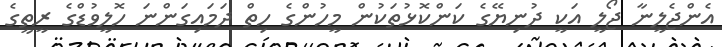
އެންޖެލީނާ ޖޯލީ އަކީ ދުނިޔޭގެ ކަންކޮޅުތަކުން މީހުންގެ ހިތް ދަމައިގަންނަ ހޮލީވުޑްގެ ރީތީގެ